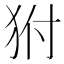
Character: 𤝔